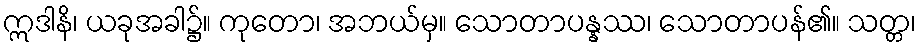
ဣဒါနိ၊ ယခုအခါ၌။ ကုတော၊ အဘယ်မှ။ သောတာပန္နဿ၊ သောတာပန်၏။ သတ္တ၊